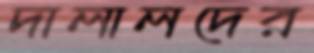
দালালদের